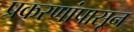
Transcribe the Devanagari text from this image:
प्रकरणांपासून